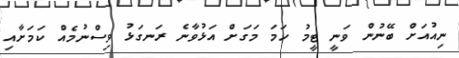
ނިއުއަށް ބޭނުން ވަނީ ޓީމު ހަމަ މަގަށް އަޅުވާނެ ރަނގަޅު ވިސްނުމެއް ކަމަށާއި